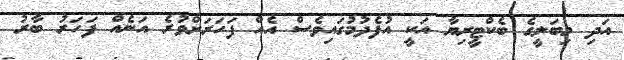
އަދި މިބަލީގެ ބެކްޓީރިޔާ އަކީ އުފެދުމުގައިވެސް އެއް ފަހަރަށްވުރެ އަނެއް ފަހަރު ބާރު